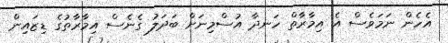
އެހެން ނަމަވެސް އެ އިމާރާތް ހަނދާ އުސްމިނަށް ބަދަލު ގެނެސް އިމާރާތުގެ ޑިޒައިން